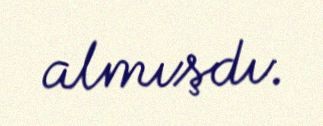
almışdı.